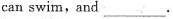
can swim, and___